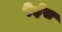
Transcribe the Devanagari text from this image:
रेईस